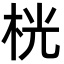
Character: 桄